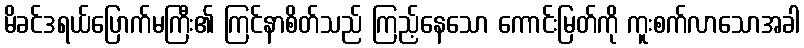
မိခင်ဒရယ်ပြောက်မကြီး၏ ကြင်နာစိတ်သည် ကြည့်နေသော ကောင်းမြတ်ကို ကူးစက်လာသောအခါ